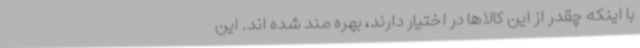
با اینکه چقدر از این کالاها در اختیار دارند، بهره مند شده اند. این